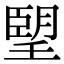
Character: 朢